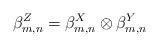
LaTeX: \begin{align*}\beta_{m,n}^Z=\beta_{m,n}^X\otimes \beta_{m,n}^Y\end{align*}